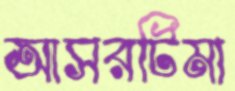
আসরটিমা